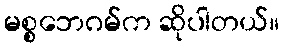
မစ္စဘေဂမ်က ဆိုပါတယ်။